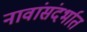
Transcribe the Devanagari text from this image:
नावांसंदर्भात